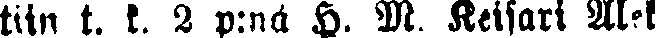
tiin t. k. 2 p:nä H. M. Keisari Alek